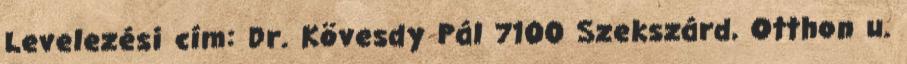
Levelezési cím: Dr. Kövesdy Pál 7100 Szekszárd, Otthon u.